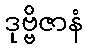
ဒုဗ္ဗိဇာနံ